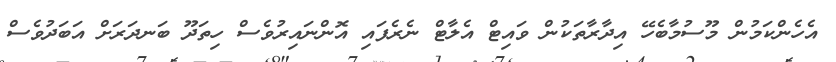
އެހެންކަމުން މޫސުމާބެހޭ އިދާރާތަކުން ވައިޓް އެލާޓް ނެރެފައި އޮންނައިރުވެސް ހިތަދޫ ބަނދަރަށް އަބަދުވެސް